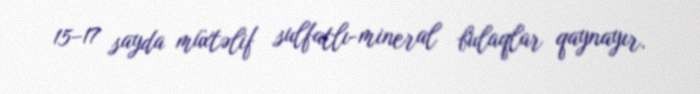
15–17 sayda müxtəlif sulfatlı-mineral bulaqlar qaynayır.